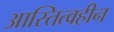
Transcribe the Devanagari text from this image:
आस्तित्वहीन